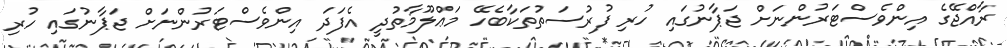
ރާއްޖޭގެ އިންވެސްޓަރުންނަށް ޖަޕާނުގައި ހުރި ފުރުސަތުތަކާބެހޭ މަޢްލޫމާތުދީ އެފަދަ އިންވެސްޓަރުންނަށް ޖަޕާނުގައި ހުރި